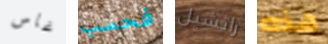
غاس فحسب راتشيل هذه